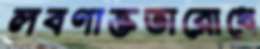
লবণাক্ততারোধে